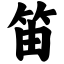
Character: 笛